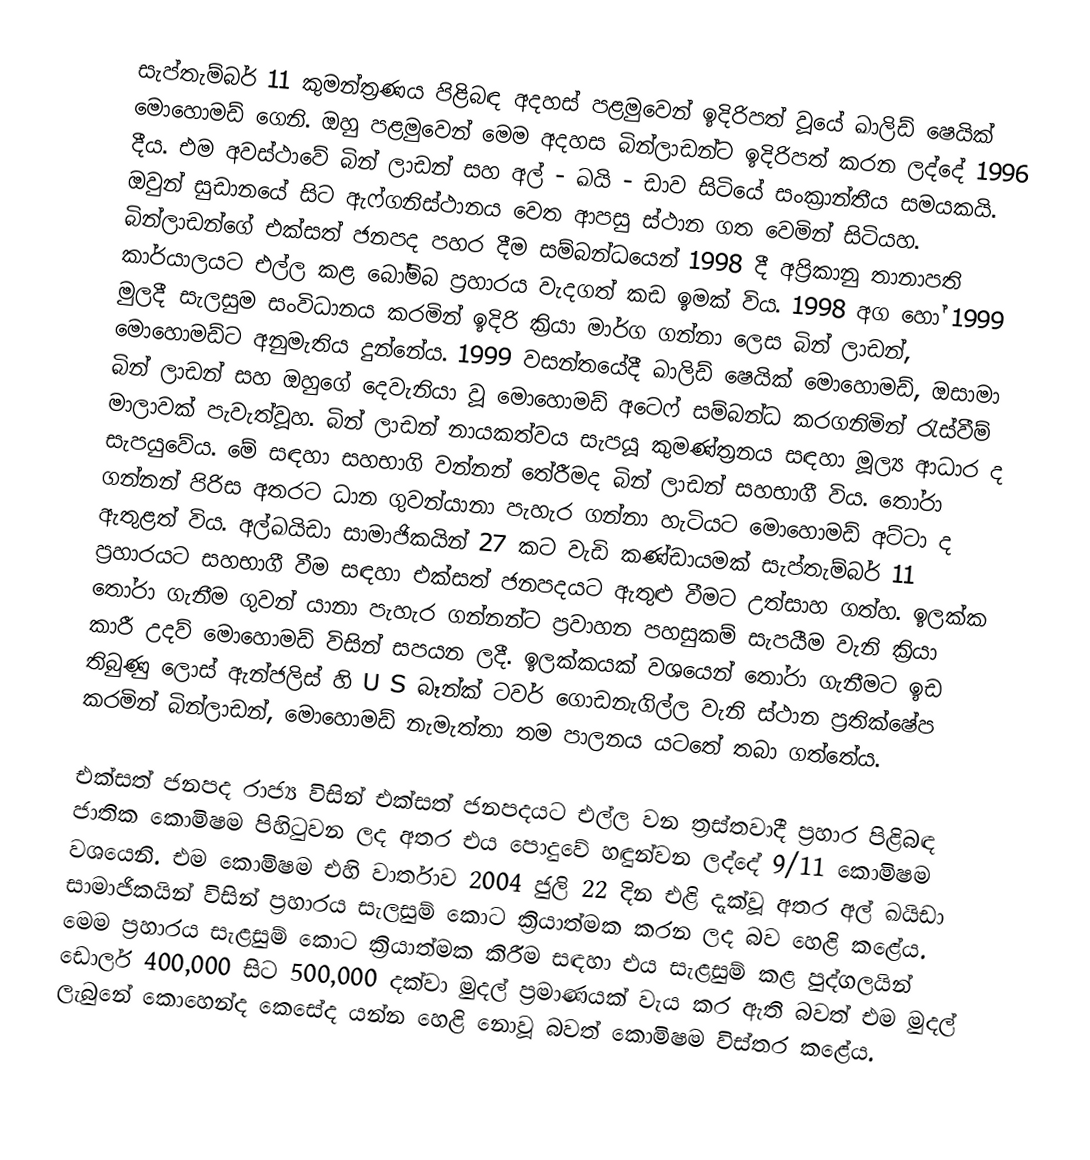
සැප්තැම්බර් 11 කුමන්ත්‍රණය පිළිබඳ අදහස් පළමුවෙන් ඉදිරිපත් වූයේ ඛාලිඩ් ෂෙයික් මොහොමඩ් ගෙනි. ඔහු පළමුවෙන් මෙම අදහස බින්ලාඩන්ට ඉදිරිපත් කරන ලද්දේ 1996 දීය. එම අවස්ථාවේ බින් ලාඩන් සහ අල් - ඛයි - ඩාව සිටියේ සංක්‍රාන්තීය සමයකයි. ඔවුන් සුඩානයේ සිට ඇෆ්ගනිස්ථානය වෙත ආපසු ස්ථාන ගත වෙමින් සිටියහ. බින්ලාඩන්ගේ එක්සත් ජනපද පහර දීම සම්බන්ධයෙන් 1998 දී අප්‍රිකානු තානාපති කාර්යාලයට එල්ල කළ බෝම්බ ප්‍රහාරය වැදගත් කඩ ඉමක් විය. 1998 අග හෝ 1999 මුලදී සැලසුම සංවිධානය කරමින් ඉදිරි ක්‍රියා මාර්ග ගන්නා ලෙස බින් ලාඩන්, මොහොමඩ්ට අනුමැතිය දුන්නේය. 1999 වසන්තයේදී ඛාලිඩ් ෂෙයික් මොහොමඩ්, ඔසාමා බින් ලාඩන් සහ ඔහුගේ දෙවැනියා වූ මොහොමඩ් අටෙෆ් සම්බන්ධ කරගනිමින් රැස්වීම් මාලාවක් පැවැත්වූහ. බින් ලාඩන් නායකත්වය සැපයූ කුමණ්ත්‍රනය සඳහා මූල්‍ය ආධාර ද සැපයුවේය. මේ සඳහ‍ා සහභාගි වන්නන් තේරීමද බින් ලාඩන් සහභාගී විය. තෝරා ගන්නන් පිරිස අතරට ධාන ගුවන්යානා පැහැර ගන්නා හැටියට මොහොමඩ් අට්ටා ද ඇතුළත් විය. අල්ඛයිඩා සාමාජිකයින් 27  කට වැඩි කණ්ඩායමක් සැප්තැම්බර් 11 ප්‍රහාරයට සහභාගී වීම සඳහා එක්සත් ජනපදයට ඇතුළු වීමට උත්සාහ ගත්හ. ඉලක්ක තෝරා ගැනීම ගුවන් යානා පැහැර ගන්නන්ට ප්‍රවාහන පහසුකම් සැපයීම වැනි ක්‍රියා කාරී උදව් මොහොමඩ් විසින් සපයන ලදී. ඉලක්කයක් වශයෙන් තෝරා ගැනීමට ඉඩ තිබුණු ලොස් ඇන්ජලිස් හි U S  බෑන්ක් ටවර් ගොඩනැගිල්ල වැනි ස්ථාන ප්‍රතික්ෂේප කරමින් බින්ලාඩන්, මොහොමඩ් නැමැත්තා තම පාලනය යටතේ තබා ගත්තේය.

එක්සත් ජනපද රාජ්‍ය විසින් එක්සත් ජනපදයට එල්ල වන ත්‍රස්තවාදී ප්‍රහාර පිළිබඳ ජාතික කොමිෂම පිහිටුවන ලද අතර එය පොදුවේ හඳුන්වන ලද්දේ 9/11 කොමිෂම වශයෙනි. එම කොමිෂම එහි වාර්තාව 2004 ජුලි 22 දින එළි දැක්වූ අතර අල් ඛයිඩා සාමාජිකයින් විසින් ප්‍රහාරය සැලසුම් කොට ක්‍රියාත්මක කරන ලද බව හෙළි කළේය. මෙම ප්‍රහාරය සැළසුම් කොට ක්‍රියාත්මක කිරීම සඳහා එය සැළසුම් කළ පුද්ගලයින් ඩොලර් 400,000 සිට 500,000 දක්වා මුදල් ප්‍රමාණයක් වැය කර ඇති බවත් එම මුදල් ලැබුනේ කොහෙන්ද කෙසේද යන්න හෙළි නොවූ බවත් කොමිෂම විස්තර  කළේය.